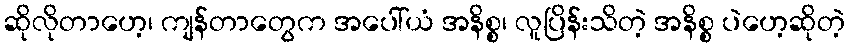
ဆိုလိုတာဟေ့၊ ကျန်တာတွေက အပေါ်ယံ အနိစ္စ၊ လူပြိန်းသိတဲ့ အနိစ္စ ပဲဟေ့ဆိုတဲ့